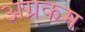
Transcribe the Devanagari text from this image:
अग्रकम